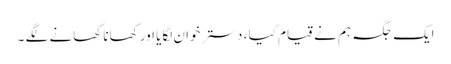
ایک جگہ ہم نے قیام کیا ، دستر خوان لگایا اور کھانا کھانے لگے ۔